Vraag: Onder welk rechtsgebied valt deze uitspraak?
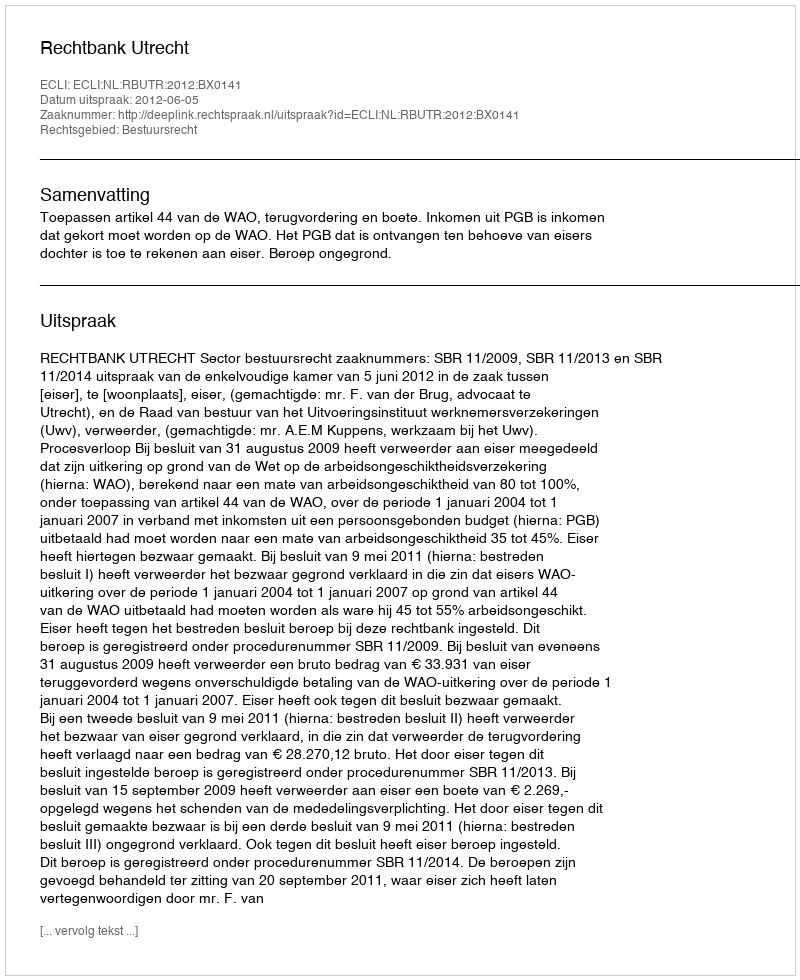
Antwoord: Bestuursrecht